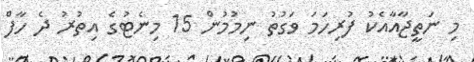
މި ނަތީޖާއާއެކު ފުރިހަމަ ވަގުތު ނިމުމުން 15 މިނެޓުގެ އިތުރު ދެ ހާފް